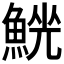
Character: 𩸟